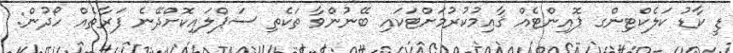
ޑީ ކާޑު ކަލެކްޓިންގ ޕޮއިންޓެއް ޤާއިމުކުރުމަށްޓަކައި ބޭނުންވާ ތަކެތި ސަޕްލައިކޮށްދޭނެ ފަރާތެއް ހޯދުން: